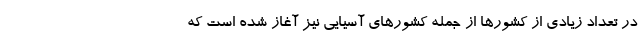
در تعداد زیادی از کشورها از جمله کشورهای آسیایی نیز آغاز شده است که